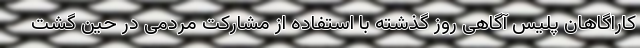
کاراگاهان پلیس آگاهی روز گذشته با استفاده از مشارکت مردمی در حین گشت